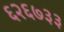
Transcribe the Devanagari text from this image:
६२६७३३